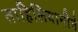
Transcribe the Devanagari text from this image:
ताहिलियानीने